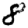
Digit: 8